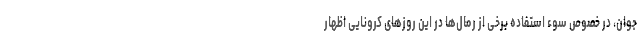
جوان، در خصوص سوء استفاده برخی از رمال‌ها در این روزهای کرونایی اظهار